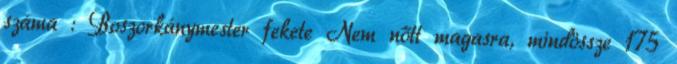
száma : Boszorkánymester fekete Nem nőtt magasra, mindössze 175